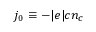
j _ { 0 } \equiv - | e | c n _ { c }